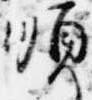
順